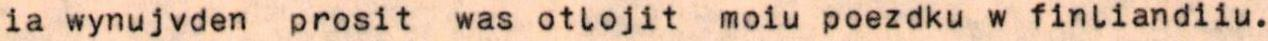
ia wynujvden prosit was otlojit  moiu poezdku w finliandiiu.